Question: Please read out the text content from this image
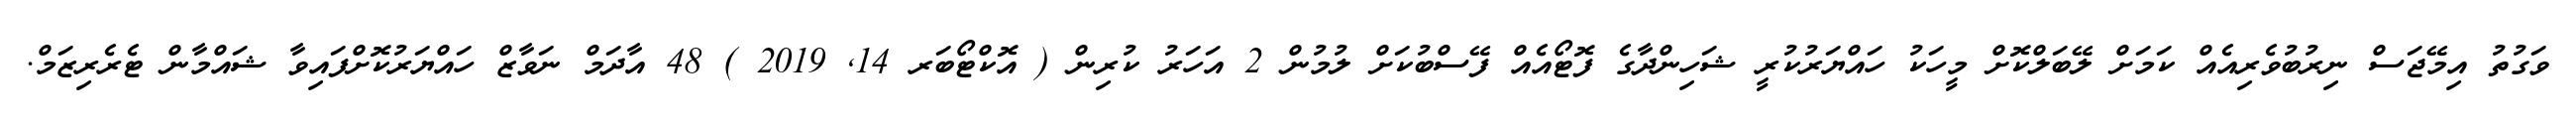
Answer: ވަގުތު އިމޭޖަސް ނިރުބުވެރިއެއް ކަމަށް ލޭބަލްކޮށް މީހަކު ހައްޔަރުކުރީ ޝަހިންދާގެ ފޮޓޯއެއް ފޭސްބުކަށް ލުމުން 2 އަހަރު ކުރިން ( އޮކްޓޯބަރ 14, 2019 ) 48 އާދަމް ނަވާޒް ހައްޔަރުކޮށްފައިވާ ޝައްމާން ޓެރެރިޒަމް.